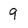
Character: 9